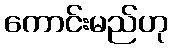
ကောင်းမည်ဟု